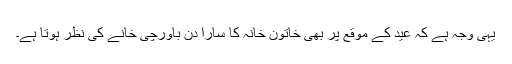
یہی وجہ ہے کہ عید کے موقع پر بھی خاتون خانہ کا سارا دن باورچی خانے کی نظر ہوتا ہے۔